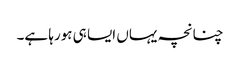
چنانچہ یہاں ایسا ہی ہورہا ہے۔